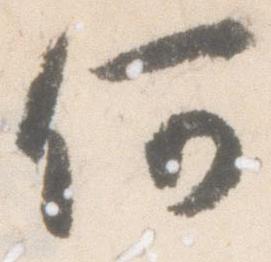
何